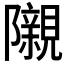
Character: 𮥰